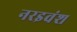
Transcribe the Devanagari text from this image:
नरइवंश